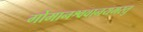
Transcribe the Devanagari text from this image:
गोमानश्ववानयमस्तु